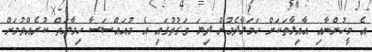
އެ މީހުންނާއި އާއިލާތަކަށް ހަމަލާދެމުން ދިޔަ ވަގުތުގައި އެ މުއައްސަސާ ހިމާޔަތް ކުރެއްވުމަށް